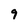
Character: 9